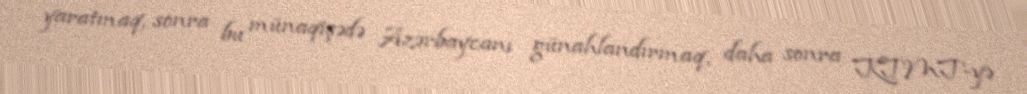
yaratmaq, sonra bu münaqişədə Azərbaycanı günahlandırmaq, daha sonra KTMT-yə